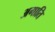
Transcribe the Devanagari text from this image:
अगाति